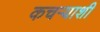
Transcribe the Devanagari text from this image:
कचऱ्याशी